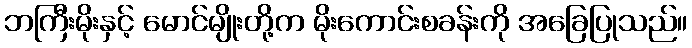
ဘကြီးမိုးနှင့် မောင်မျိုးတို့က မိုးကောင်းစခန်းကို အခြေပြုသည်။